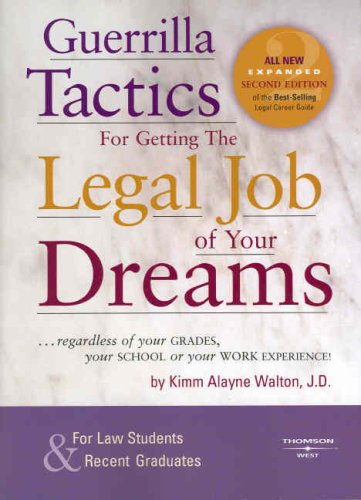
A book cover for Guerrilla Tactics for Getting the Legal Job of Your Dreams, 2nd Edition; Kimm Walton; Law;